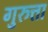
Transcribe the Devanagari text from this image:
गुरुत्ता